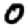
Digit: 0